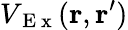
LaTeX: V_{\mathrm{~E~x~}}(\mathbf{r},\mathbf{r}^{\prime})